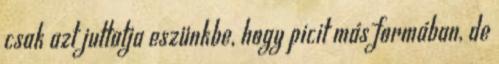
csak azt juttatja eszünkbe, hogy picit más formában, de